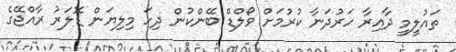
ތައުލީމީ ދާއިރާ ހަރުދަނާ ކުރުމަށް ވޯލްޑް ބޭންކުން ދިހަ މިލިޔަން ޑޮލަރު ރާއްޖޭގެ